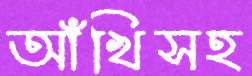
আঁখিসহ